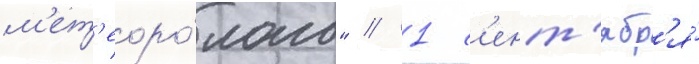
м'ет'еоро́лога" // 1 с'ент'ябр'я́